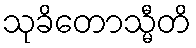
သုခိတောသ္မီတိ